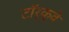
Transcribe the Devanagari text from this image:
टॉर्क्वे